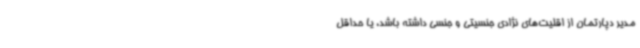
مدیر دپارتمان از اقلیت‌های نژادی جنسیتی و جنسی داشته باشد، یا حداقل